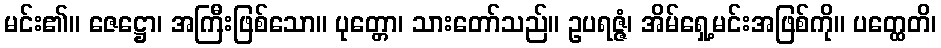
မင်း၏။ ဇေဋ္ဌော၊ အကြီးဖြစ်သော။ ပုတ္တော၊ သားတော်သည်။ ဥပရဇ္ဇံ၊ အိမ်ရှေ့မင်းအဖြစ်ကို။ ပတ္ထေတိ၊